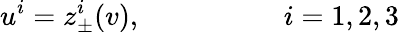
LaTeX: u^{i}=z_{\pm}^{i}(v),\quad\quad\quad\quad\quad i=1,2,3